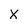
Character: x